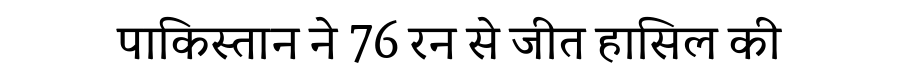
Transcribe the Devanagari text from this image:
पाकिस्तान ने 76 रन से जीत हासिल की